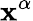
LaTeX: \mathbf{x}^{\alpha}